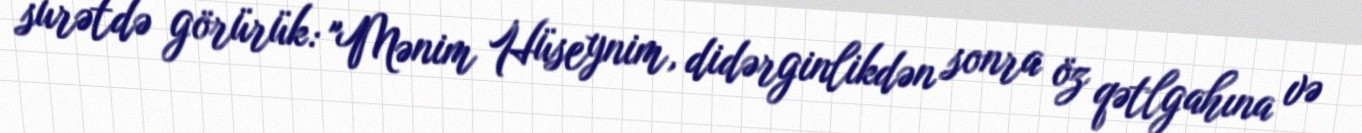
surətdə görürük: "Mənim Hüseynim, didərginlikdən sonra öz qətlgahına və